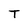
Character: T